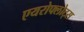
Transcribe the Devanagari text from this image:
एयरोफ्लोट्स